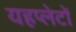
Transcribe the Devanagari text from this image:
यहप्लेटों